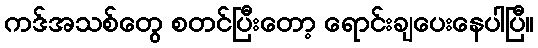
ကဒ်အသစ်တွေ စတင်ပြီးတော့ ရောင်းချပေးနေပါပြီ။